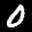
Label: 0